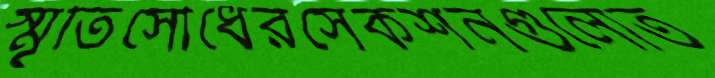
স্মৃতিসৌধেরসেকশনগুলোত